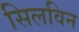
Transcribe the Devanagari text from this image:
सिलविन